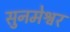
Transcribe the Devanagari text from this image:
सुनमेश्वर